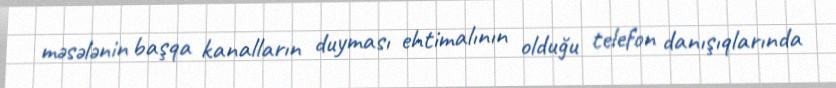
məsələnin başqa kanalların duyması ehtimalının olduğu telefon danışıqlarında